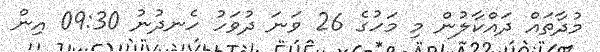
މުދާތައް ދައްކާލުން މި މަހުގެ 26 ވަނަ ދުވަހު ހެނދުނު 09:30 އިން